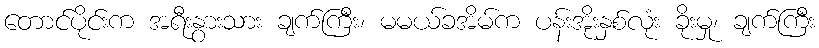
တောင်ပိုင်းက အရီးနွားသား ချက်ကြီး၊ မမယ်ခအိမ်က ပန်းအိုးနှစ်လုံး ခိုးမှု၊ ချက်ကြီး